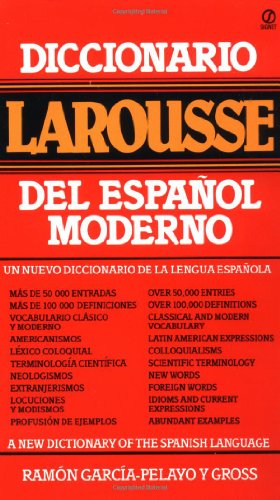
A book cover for Diccionario Larousse del EspaÃ±ol Moderno; RamÃ³n GarcÃ­a-Pelayo y Gross; Reference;